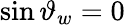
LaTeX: \sin\vartheta_{w}=0